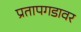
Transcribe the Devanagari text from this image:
प्रतापगडावर